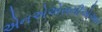
એનએએસસીએઆર